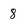
Character: 8